Vaccination North-Western Provinces and Oudh 1896-1901 - 1896-1901
Year: 1896
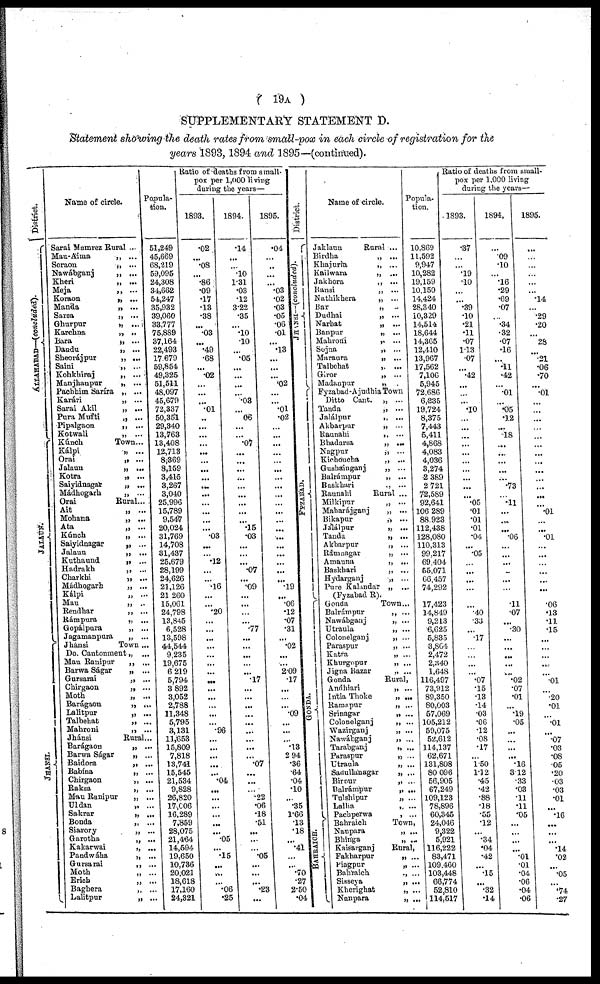
( 19A )
SUPPLEMENTARY STATEMENT D.
Statement showing the death rates from small-pox in each circle of registration for the
years 1893, 1894 and 1895— (continued).
District.
ALLAHABAD—(concluded).
J
ALAUN.
JHANSI.
Name of circle.
Sarai Mamrez
Mau-Aima
Soraon
Nawábganj
Kheri
Meja
Koraon
Manda
Sarsa
Ghurpur
Karchna
Bara
Dandu.
Sheorájpur
Saini
Kohkhiraj
Manjhanpur
Pachhim Saríra
Karári
Sarai Akil
Pura Mufti
Pipalgaon
Kotwali
Kúnch
Kálpi
Orai
Jalaun
Kotra
Saiyidnagar
Mádhogarh
Orai
Ait
Mohana
Ata
Kúnch
Saiyidnagar
Jalaun
Kuthaund
Hadrakh
Charkhi
Mádhogarh
Kálpi
Mau
Rendhar
Rámpura
Gopálpura
Jagamanpura
Jhánsi
Do. Cantonment
Man Ranipur
Barwa Ságar
Gursarai
Chirgaon
Moth
Barágaon
Lalitpur
Talbehat
Mahroni
Jhánsi
Barágaon
Barwa Ságar
Baidora
Babína
Chirgaon
Raksa
Mau Ranipur
Uldan
Sakrar
Bonda
Siarory
Garotha
Kakarwai
Pandwáha
Gursarai
Moth
Erich
Baghera
Lalitpur
Rural ...
„ ...
„ ...
„ ...
„ ...
„ ...
„ ...
„ ...
„ ...
„ ...
„ ...
„ ...
„ ...
„ ...
„ ...
„ ...
„ ...
„ ...
„ ...
„ ...
„ ...
„ ...
„ ...
Town...
„ ...
„ ...
„ ...
„ ...
„ ...
„ ...
Rural...
„ ...
„ ...
„ ...
„ ...
„ ...
„ ...
„ ...
„ ...
„ ...
„ ...
„ ...
„ ...
„ ...
„ ...
„ ...
„ ...
Town ...
„ ...
„ ...
„ ...
„ ...
„ ...
„ ...
„ ...
„ ...
„ ...
„ ...
Rural...
„ ...
„ ...
„ ...
„ ...
„ ...
„ ...
„ ...
„ ...
„ ...
„ ...
„ ...
„ ...
„ ...
„ ...
„ ...
„ ...
„ ...
„ ...
„ ...
Popula-
tion.
51,249
45,669
68,219
59,095
24,308
34,662
54,247
35,932
39,060
33,777
75,889
37,164
22,493
17679
59,854
49,325
51,511
48,097
45,679
72,337
50,351
29,340
13,763
13,408
12,713
8,369
8,159
3,415
3,267
3,040
25,996
15,789
9,547
20,024
31,769
14,708
31,437
25,679
28,199
24,626
21,126
21 260
15,061
24,798
13,845
6,528
13,598
44,544
9,235
19,675
6 219
5,794
3 892
3,052
2,788
11,348
5,795
3,131
11,653
15,809
7,818
13,741
15,545
21,534
9,828
26,820
17,C06
16,289
7359
28,075
21,464
14,694
19,650
10,736
20,021
18,618
17,160
24,321
Ratio of deaths from small-
pox per 1,000 living
during the years—
1893.
.02
...
.08
...
.86
.09
.17
.13
.38
.03
...
.49
.68
...
.02
...
...
...
.01
...
...
...
...
...
...
...
...
...
...
...
...
...
... .03
...
.12 ...
...
... .16
...
... .20
...
...
...
...
...
...
...
...
...
...
...
...
...
.96
...
...
...
...
... .04
...
...
...
...
...
... .05
... .15
...
...
...
.06
.25
1894.
.14
...
...
.10
1.31
.03
.12
322
.35
...
.10
.10
...
.05
...
...
...
...
.03
...
06
...
...
.07
...
...
...
...
...
...
...
...
... .15
.03
...
...
...
.07
... .09
...
...
... .77
...
...
...
...
...
.17
...
...
...
...
...
...
...
...
... .07
...
...
.22
.06
.18
.51
...
...
...
.05
...
...
...
.23
...
1895.
.04
...
...
...
...
.03
.02
.03
.05
.06
.01
...
.13
...
...
...
.02
...
...
.01
.02
...
...
...
...
...
...
...
...
...
...
...
...
...
...
...
...
...
...
... .19
...
.06
.12
.07
.31
...
.02
...
...
2.09
.17
...
...
... .09
...
...
... .13
2 94
.36
.64
.04
.10
...
.35
1.66
.13
.18
...
.41
...
...
.70
.27
2.50
.04
District.
JHANSI—(concluded).
F YZ ABAD.
GONDA.
BAHRAICH.
Name of circle.
Jaklaun
Birdha
Khajuria
Kailwara
Jakhora
Bansi
Nathikhera
Bar
Dudhai
Narhat
Banpur
Mahroni
Sojna
Maraura
Talbehat
Giror
Madanpur
Fyzabad-Ajudhia
Ditto Cant.
Tanda
Jalálpur
Akbarpur
Raunahi
Bhadarsa
Nagpur
Kichoucha
Gushainganj
Balrámpur
Baskhari
Raunahi
Milkipur
Maharájganj
Bikapur
Jalálpur
Tanda
Akbarpur
Rámnagar
Amauna
Baskhari
Hydarganj
Pure Kalandar
(Fyzabad R).
Gonda
Balrámpur
Nawábganj
Utraula
Colonelganj
Paraspur
Katra
Khurgopur
Jigna Bazar
Gonda
Andhiari
Intia Thoke
Ramapur
Srinagar
Colonelganj
Wazirganj
Nawábganj
Tarabganj
Paraspur
Utraula
Sadullanagar
Birour
Balrámpur
Tulshipur
Lallia
Pachperwa
Bahraich
Nanpara
Bhinga
Kaisarganj
Fakharpur
Piagpur
Bahraich
Sisseya
Kherighat
Nanpara
Rural ...
„ ...
„ ...
„ ...
„ ...
„ ...
„ ...
„ ...
„ ...
„ ...
„ ...
„ ...
„ ...
„ ...
„ ...
„ ...
„ ...
Town
„ ...
„ ...
„ ...
„ ...
„ ...
„ ...
„ ...
„ ...
„ ...
„ ...
„ ...
Rural ...
„ ...
„ ...
„ ...
„ ...
„ ...
„ ...
„ ...
„ ...
„ ...
„ ...
„ ...
Town...
„ ...
„ ...
„ ...
„ ...
„ ...
„ ...
„ ...
„ ...
Rural,
„ ...
„ ...
„ ...
„ ...
„ ...
„ ...
„ ...
„ ...
„ ...
„ ...
„ ...
„ ...
„ ...
„ ...
„ ...
„ ...
Town,
„ ...
„ ...
Rural,
„ ...
„ ...
„ ...
„ ...
„ ...
„ ...
Popula-
tion.
10,869
11,592
9,947
10,282
19,159
10.150
14,424
28,340
10,329
14,514
18,644
14,365
12,410
13,967
17,562
7,106
5,945
72,686
6,235
19,724
8,375
7,443
5,411
4,868
4,083
4,036
3,274
2 389
2 721
72,589
92,641
106 289
88.923
112,438
128,080
110,313
99,217
69,404
55,071
66,457
74,292
17,423
14,849
9,213
6,625
5,835
3,SC4
2,472
2,340
1,648
116,497
73,912
89,350
80,003
57,069
105,212
59,075
52,612
114,137
62,671
131,808
80 096
56,905
67,249
109,123
78,896
60,345
24,046
9,322
5,021
116,222
83,471
109.460
103,448
66,774
52,810
114,517
Ratio of deaths from small-
pox per 1,000 living
duriug the years—
1893.
.37
...
...
.19
.10
...
...
.39
.10
.21
.11
.07
1.13
.07
...
.42
...
...
...
.10
...
...
...
...
...
...
...
...
...
...
.05
.01
.01
.01
.04
...
.05
...
...
...
...
.40
.33
...
.17
...
...
...
...
.07
.15
.13
.14
.03
.06
.12
.08
.17
... 150
l.12
.45
.42
.88
.18
.55
.12
...
.34
.04
.42
...
.5
...
.32
.14
1894.
...
.09
.10
...
.16
.29
.69
.07
...
.34
.32
.07
.16
...
.11
.42
...
.01
...
.05
.12
...
.18
...
...
...
...
...
.73
...
.11
...
...
...
.06
...
...
...
...
...
...
.11
.07
...
.30
...
...
...
...
...
.02
.07
.01
...
.19
.05
...
...
...
...
.16
3.12
.33
.03
.11
.11
.05
...
...
...
...
.01
.01
.04
.06
.04
.06
1895.
...
...
...
...
...
...
.14
...
.29
.20
28
...
.21
.06
.70
...
.01
...
...
...
...
...
...
...
...
...
...
...
...
...
.01
...
...
.01
...
...
...
...
...
...
.06
.13
.11
.15
...
...
...
...
...
.01
...
.20
.01
...
.01
...
.07
.03
.08
.05
.20
.03
.03
.01
...
.16
...
...
...
.14
.02
...
.05
...
.74
.27